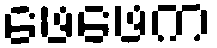
ဖေဖေက